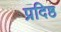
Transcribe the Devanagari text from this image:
प्रदिष्ठ